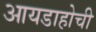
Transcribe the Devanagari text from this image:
आयडाहोची